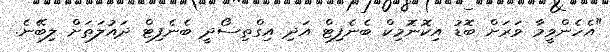
"އެހެންވީމާ ވަރަށް ބޮޑު އިކޮނޮމިކް ބެނެފިޓް އަދި އިގްތިސޯދީ ބެނެފިޓް ދައުލަތަށް ލިބޭނެ.